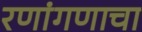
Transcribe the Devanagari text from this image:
रणांगणाचा